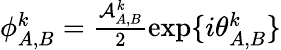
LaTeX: \begin{array}{r}{{\phi}_{A,B}^{k}=\frac{\mathcal{A}_{A,B}^{k}}{2}\mathrm{exp}\{ i\theta_{A,B}^{k}\} }\end{array}